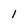
Character: l